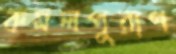
কমলপুরাণ